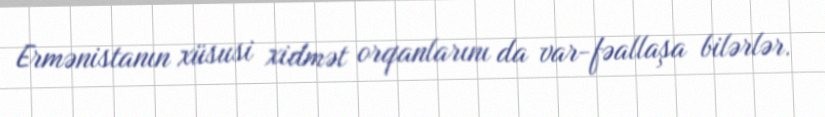
Ermənistanın xüsusi xidmət orqanlarını da var-fəallaşa bilərlər.